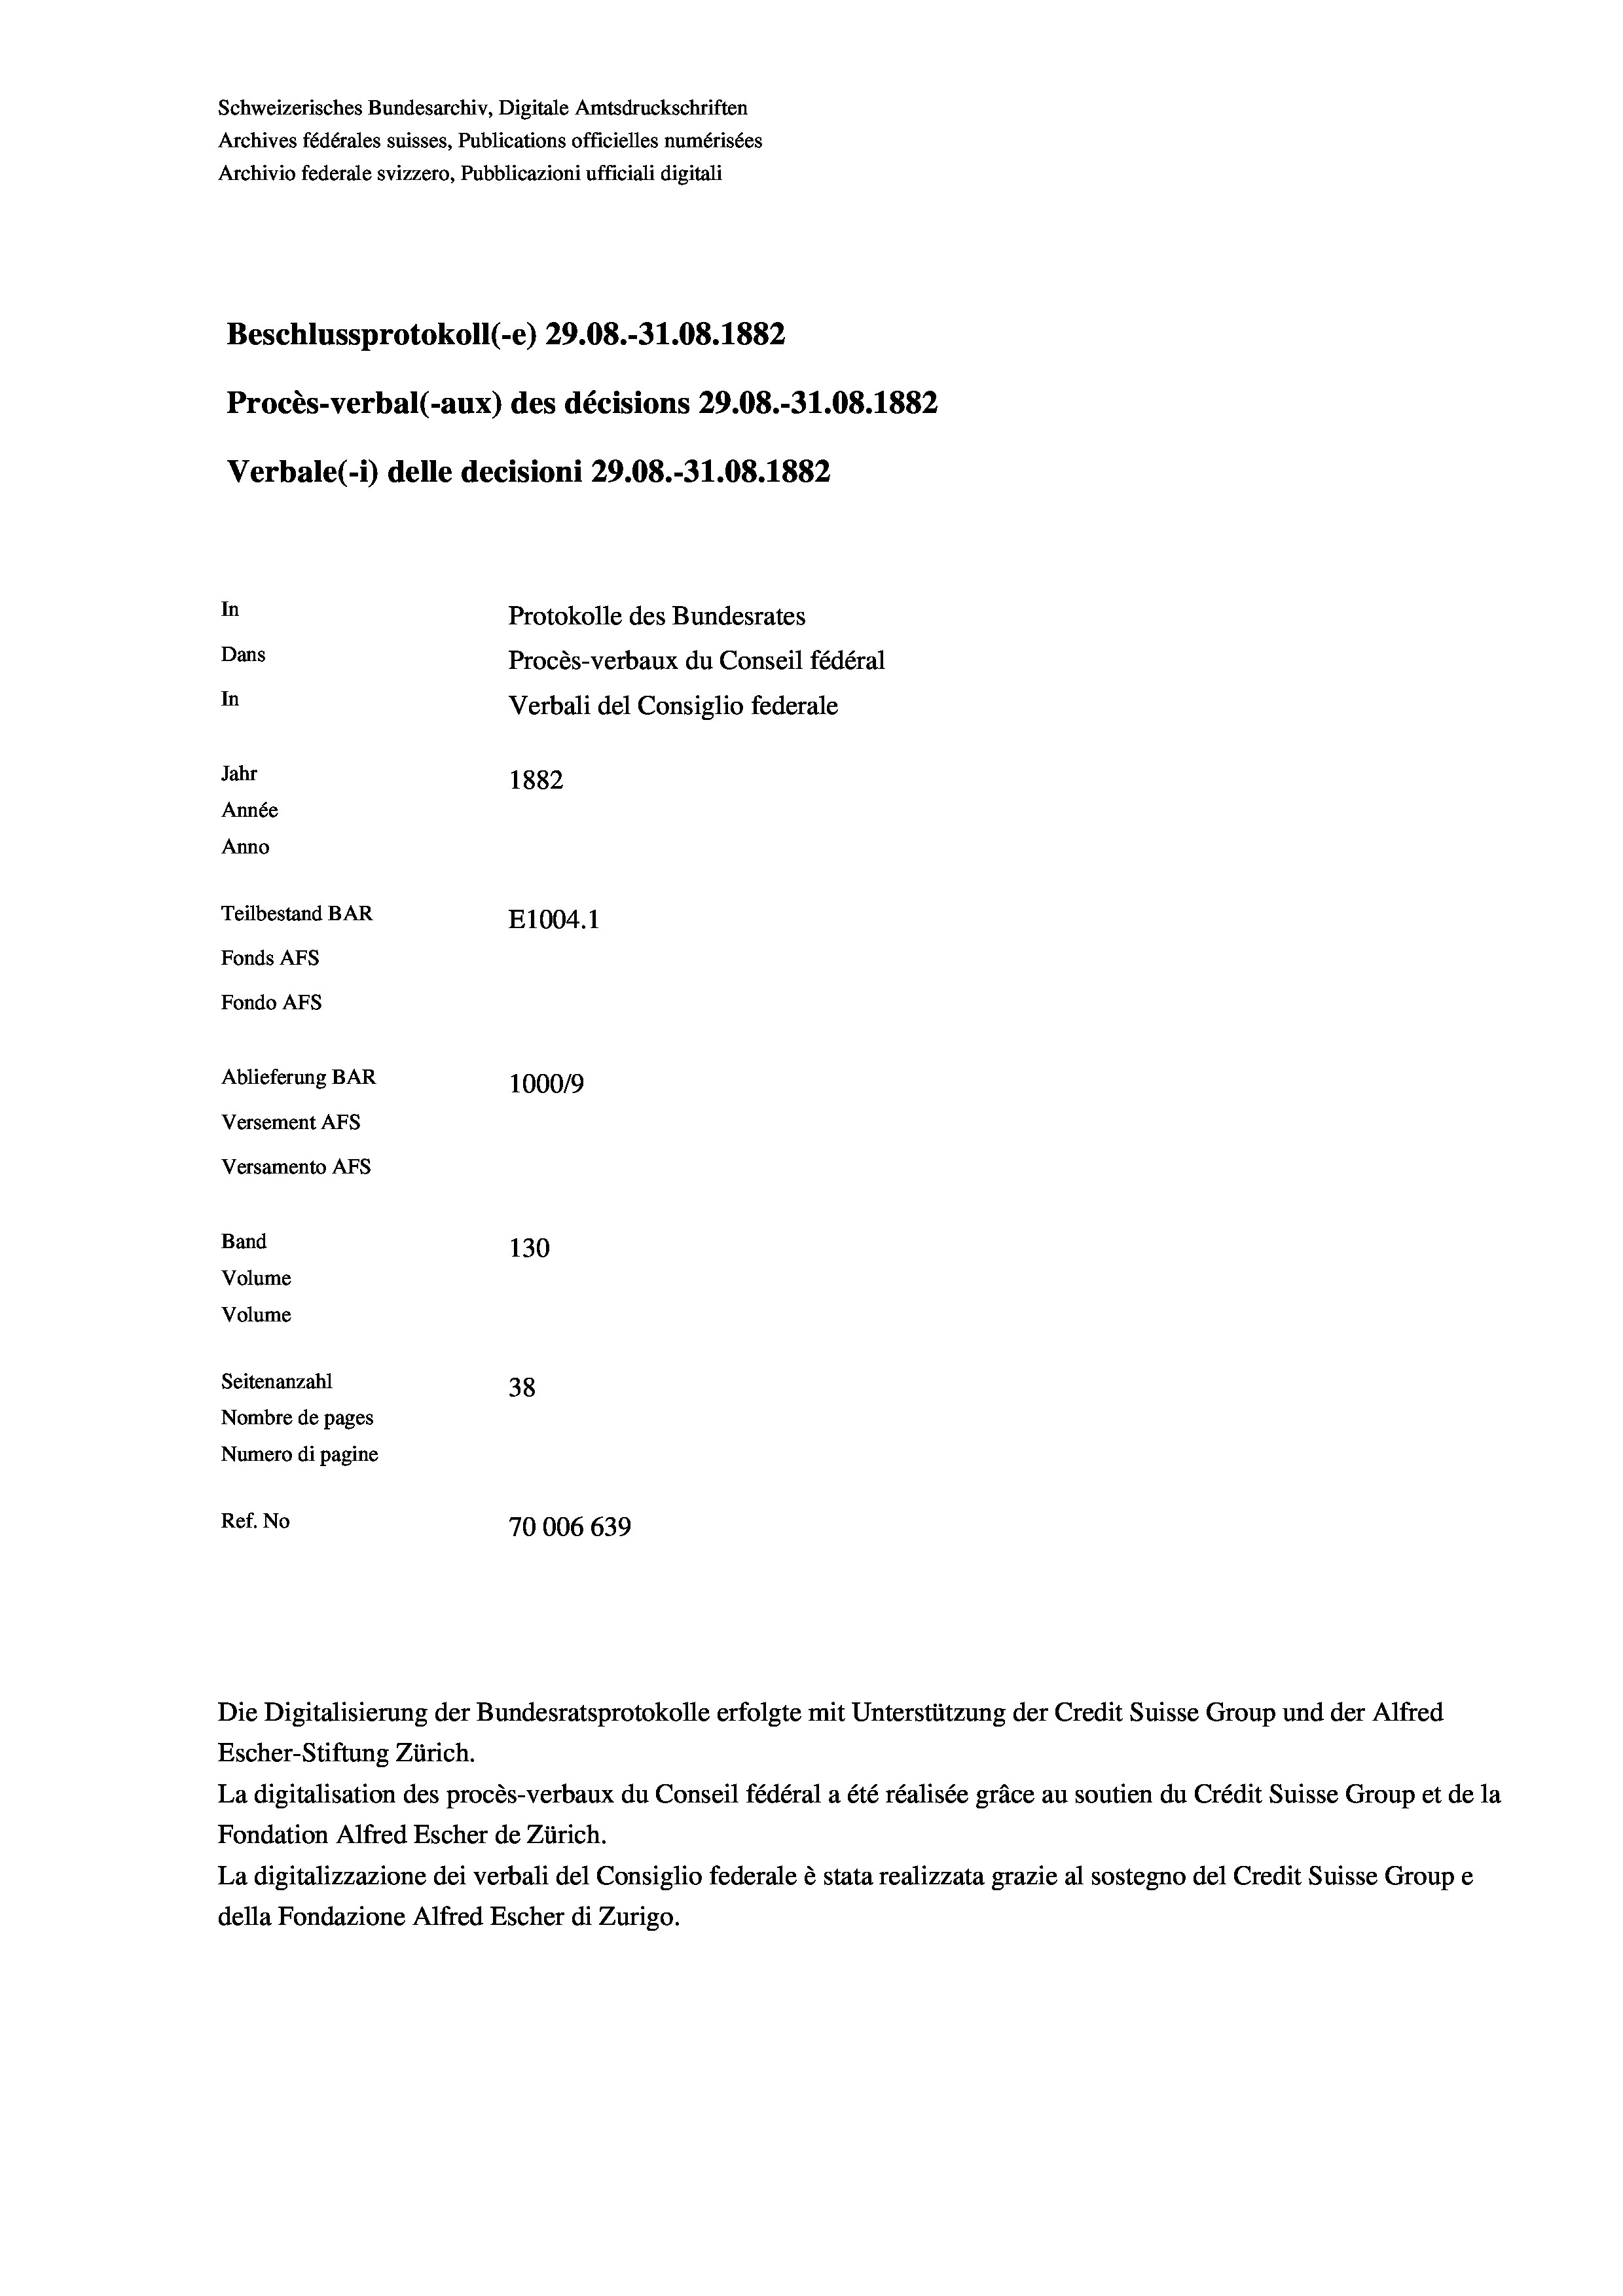
Schweizerisches Bundesarchiv, Digitale Amtsdruckschriften
Archives fédérales suisses, Publications officielles numérisées
Archivio federale svizzero, Pubblicazioni ufficiali digitali
Beschlussprotokoll (-e) 29.08.-31.08. 1882
Procès-verbal (-aux) des décisions 29.08.-31.08. 1882
Verbale (- 1) delle decisioni 29.08.-31.08. 1882
In
Protokolle des Bundesrates
Dans
Procès-verbaux du Conseil fédéral
In
Verbali del Consiglio federale
Jahr
1882
Année
Anno
Teilbestand BAR
E1004. 1
Fonds AFs
Fondo Afs
Ablieferung BAR
100019
Versement AFs
Versamento Afs
Band
130
Volume
Volume

Seitenanzahl
38
Nombre de pages
Numero di pagine
Ref. No
70006 639

Die Digitalisierung der Bundesratsprotokolle erfolgte mit Unterstützung der Credit Suisse Group und der Alfred
Escher-Stiftung Zürich.
La digitalisation des procès-verbaux du Conseil fédéral a été réalisée gräce au soutien du Crédit Suisse Group et de la
Fondation Alfred Escher de Zürich.
La digitalizzazione dei verbali del Consiglio federale è stata realizzata grazie al sostegno del Credit Suisse Groupe
della Fondazione Alfred Escher di Zurigo.